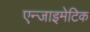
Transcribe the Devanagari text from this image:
एन्जाइमेटिक